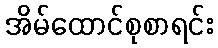
အိမ်ထောင်စုစာရင်း